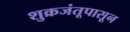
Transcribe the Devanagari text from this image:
शुक्रजंतूपासून